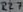
Text: R27